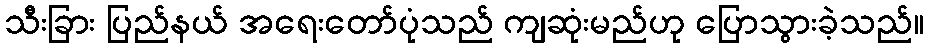
သီးခြား ပြည်နယ် အရေးတော်ပုံသည် ကျဆုံးမည်ဟု ပြောသွားခဲ့သည်။